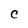
Character: C